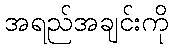
အရည်အချင်းကို